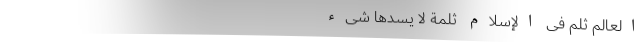
الْعَالِمُ ثُلِمَ فِی الْإِسْلَامِ ثُلْمَةٌ لَا یَسُدُّهَا شَیْءٌ